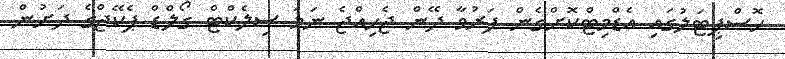
ހޮސްޕިޓަލުގައި އެޑްމިޓްކޮށްގެން ފަރުވާ ދޭން ޖެހިއްޖެ ނަމަ ސިލެކްޓް ގޯލްޑް ޕެކޭޖްގެ ދަށުން